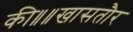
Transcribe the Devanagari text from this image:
की॥॥खासतौर